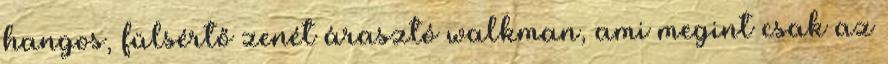
hangos, fülsértő zenét árasztó walkman, ami megint csak az